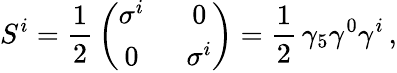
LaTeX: S^{i}={\frac{1}{2}}\left(\begin{array}{cc}{{\sigma^{i}~}}&{{~0}}\\ {{0~}}&{{~\sigma^{i}}}\end{array}\right)={\frac{1}{2}}\, \gamma_{5}\gamma^{0}\gamma^{i}\, ,